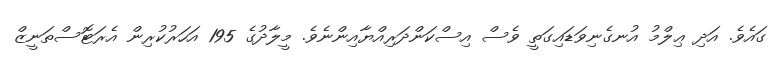
ގައެވެ. އަދި ޢިލްމު އުނގެނިވަޑައިގަތީ ވެސް އިސްކަންދަރިއްޔާއިންނެވެ. މީލާދުގެ 195 އަހަރުކުރިން އެރަޓޮސްތަނީޒް